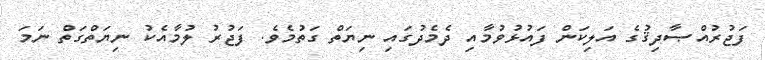
ފަޖުރުއްޞާދިޤުގެ އަލިކަން ފައުޅުވުމާއި ދެމެދުގައި ނިޔަތް ގަތުމެވެ. ފަޖުރު ލުމާއެކު ނިޔަތްގަތް ނަމަ